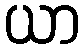
ယာ